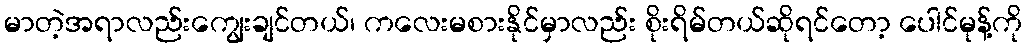
မာတဲ့အရာလည်းကျွေးချင်တယ်၊ ကလေးမစားနိုင်မှာလည်း စိုးရိမ်တယ်ဆိုရင်တော့ ပေါင်မုန့်ကို